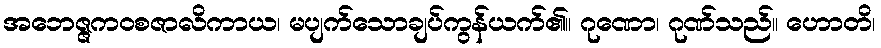
အဘေဇ္ဇကဝစဇာလိကာယ၊ မပျက်သောချပ်ကွန်ယက်၏။ ဂုဏော၊ ဂုဏ်သည်။ ဟောတိ၊